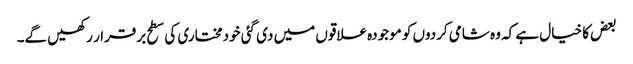
بعض کا خیال ہے کہ وہ شامی کردوں کو موجودہ علاقوں میں دی گئی خودمختاری کی سطح برقرار رکھیں گے۔